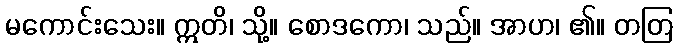
မကောင်းသေး။ ဣတိ၊ သို့။ စောဒကော၊ သည်။ အာဟ၊ ၏။ တတြ